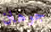
جوهان